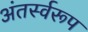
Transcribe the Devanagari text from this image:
अंतर्स्वरूप